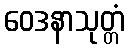
ဝေဒနာသုတ္တံ